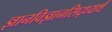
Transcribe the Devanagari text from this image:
ज्ञानविज्ञानसिद्ध्यर्थं